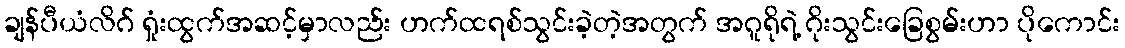
ချန်ပီယံလိဂ် ရှုံးထွက်အဆင့်မှာလည်း ဟက်ထရစ်သွင်းခဲ့တဲ့အတွက် အဂူရိုရဲ့ ဂိုးသွင်းခြေစွမ်းဟာ ပိုကောင်း